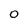
Character: O